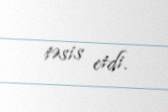
təsis etdi.